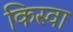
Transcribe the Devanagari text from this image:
किस्वा